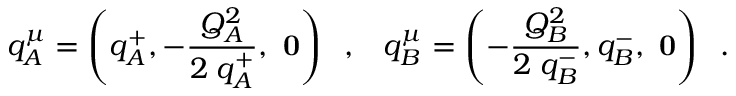
q _ { A } ^ { \mu } = \left( q _ { A } ^ { + } , - { \frac { Q _ { A } ^ { 2 } } { 2 \; q _ { A } ^ { + } } } , { \mathrm { \bf ~ 0 } } \right) \; \; , \; \; \; q _ { B } ^ { \mu } = \left( - { \frac { Q _ { B } ^ { 2 } } { 2 \; q _ { B } ^ { - } } } , q _ { B } ^ { - } , { \mathrm { \bf ~ 0 } } \right) \; \; .